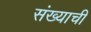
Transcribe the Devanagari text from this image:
संख्याची